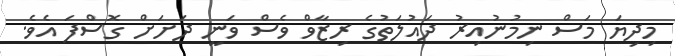
މިދިޔަ މަސް ނިމުނުއިރު ދައުލަތުގެ ރިޒާވް ވެސް ވަނީ ދަށަށް ގޮސްފަ އެވެ.